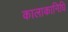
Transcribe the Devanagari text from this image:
कालाकानिधि